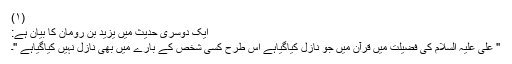
(١)
ایک دوسری حدیث میں یزید بن رومان کا بیان ہے:
'' علی علیہ السلام کی فضیلت میں قرآن میں جو نازل کیاگیاہے اس طرح کسی شخص کے بارے میں بھی نازل نہیں کیاگیاہے ''۔